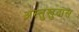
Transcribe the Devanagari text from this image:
अस्तुखुदास